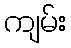
ကျမ်း